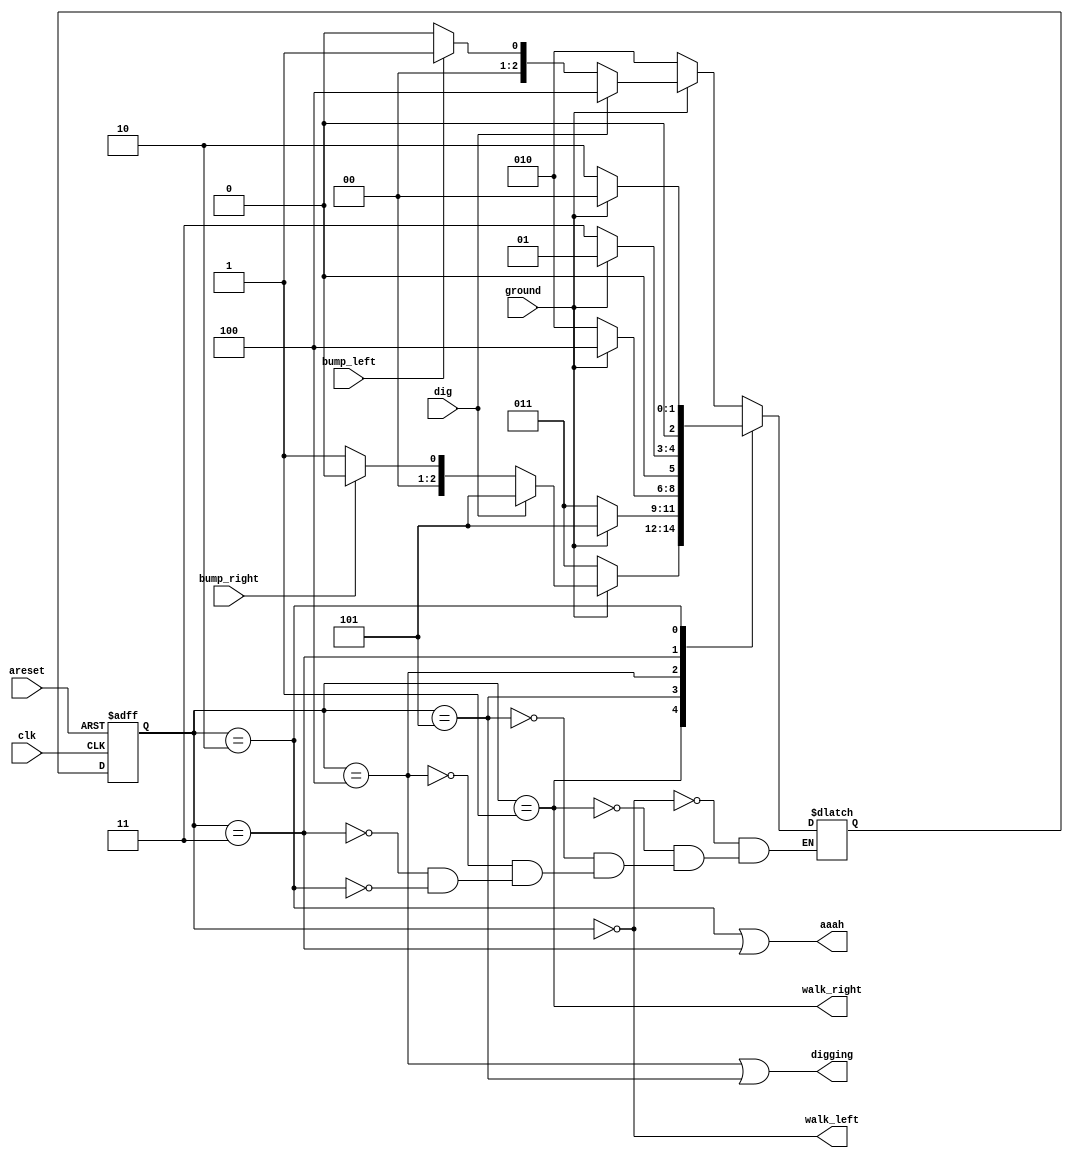
module top_module(
    input clk,
    input areset,    // Freshly brainwashed Lemmings walk left.
    input bump_left,
    input bump_right,
    input ground,
    input dig,
    output walk_left,
    output walk_right,
    output aaah,
    output digging ); 

    reg [2:0] state, next_state;
    parameter LEFT=0, RIGHT=1, FALL_LEFT=2, FALL_RIGHT=3, DIG_LEFT=4, DIG_RIGHT=5;
    
    always@(posedge clk, posedge areset)
        begin
            if(areset) state <= LEFT;
            else state <= next_state;
        end
    
    always@(*)
        begin
            case(state)
                LEFT: next_state = ground ? (dig ? DIG_LEFT : (bump_left ? RIGHT : LEFT)) : FALL_LEFT;
                RIGHT : next_state = ground ? (dig ? DIG_RIGHT : (bump_right ? LEFT : RIGHT)) : FALL_RIGHT;
                DIG_RIGHT : next_state = ground ? DIG_RIGHT : FALL_RIGHT;
                DIG_LEFT : next_state = ground ? DIG_LEFT : FALL_LEFT;
                FALL_RIGHT: next_state = ground ? RIGHT : FALL_RIGHT;
                FALL_LEFT: next_state = ground ? LEFT : FALL_LEFT;
            endcase
        end
    
    assign walk_left = (state == LEFT);
    assign walk_right = (state == RIGHT);
    assign digging = (state == DIG_LEFT) || (state == DIG_RIGHT);
    assign aaah = (state == FALL_LEFT) || (state == FALL_RIGHT);
        
endmodule